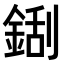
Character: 𮢏